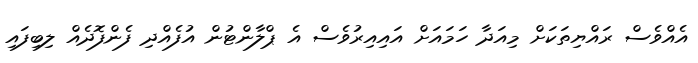
އެއްވެސް ރައްޔިތަކަށް މިއަދާ ހަމައަށް އައިއިރުވެސް އެ ޕްލާންޓުން އުފެއްދި ފެންފޮދެއް ލިބިފައި